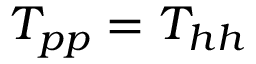
T _ { p p } = T _ { h h }